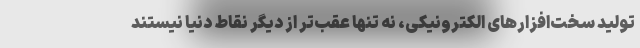
تولید سخت‌افزارهای الکترونیکی، نه تنها عقب‌تر از دیگر نقاط دنیا نیستند